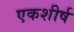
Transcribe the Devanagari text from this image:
एकशीर्ष